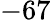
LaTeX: -67